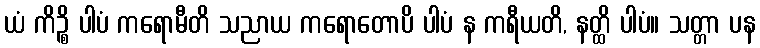
ယံ ကိဉ္စိ ပါပံ ကရောမီတိ သညာယ ကရောတောပိ ပါပံ န ကရီယတိ, နတ္ထိ ပါပံ။ သတ္တာ ပန